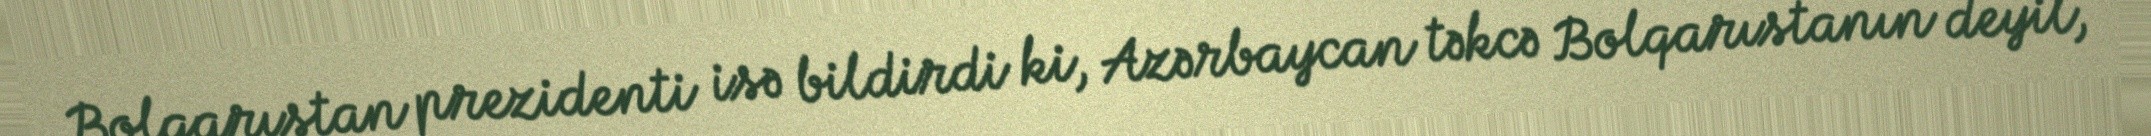
Bolqarıstan prezidenti isə bildirdi ki, Azərbaycan təkcə Bolqarıstanın deyil,